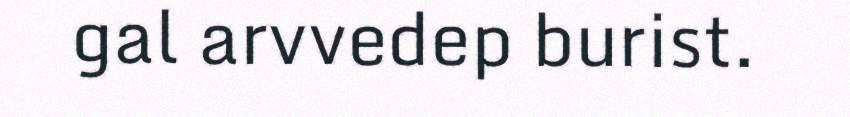
gal arvvedep burist.